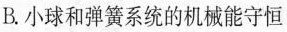
B.小球和弹簧系统的机械能守恒